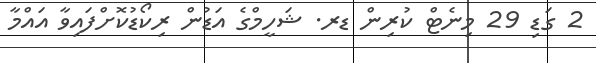
2 ގަޑި 29 މިނެޓް ކުރިން ޑރ. ޝަހީމްގެ އަޑުން ރިކޯޑުކޮށްފައިވާ އައްމާ